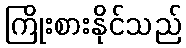
ကြိုးစားနိုင်သည်